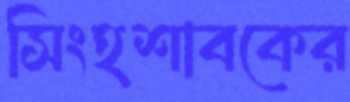
সিংহশাবকের